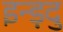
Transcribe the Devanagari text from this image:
इन्ड़दु